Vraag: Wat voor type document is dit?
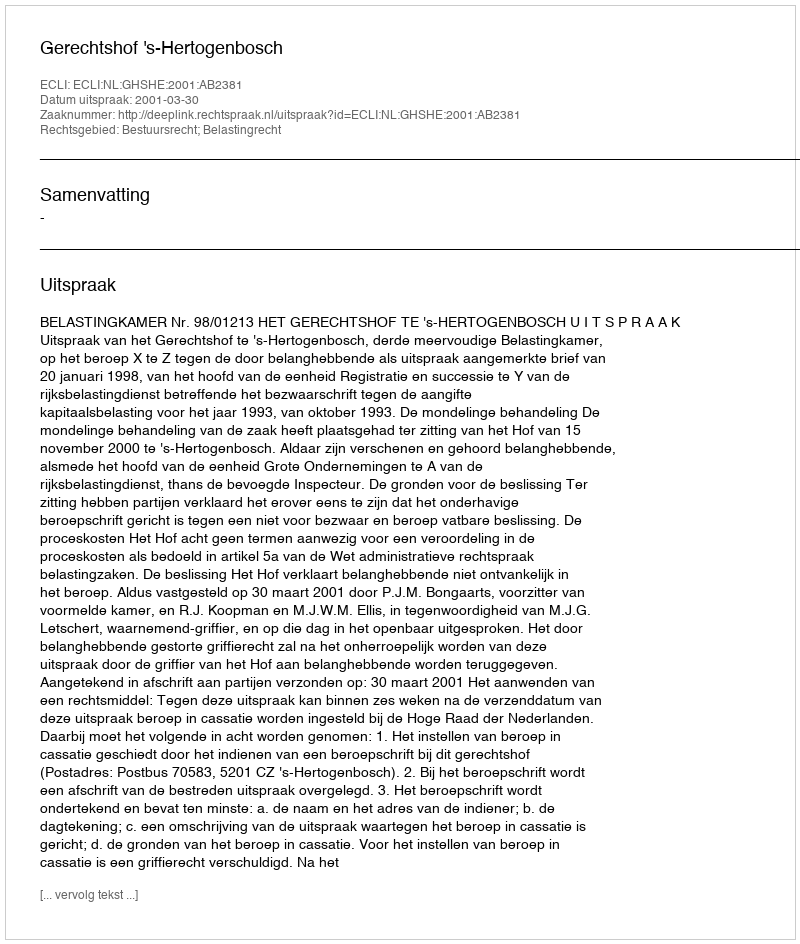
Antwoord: Uitspraak